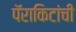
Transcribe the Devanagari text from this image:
पॅराकिटांची